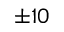
\pm 1 0